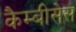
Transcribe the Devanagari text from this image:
कैम्बीसेस